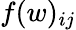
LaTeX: f(w)_{ij}